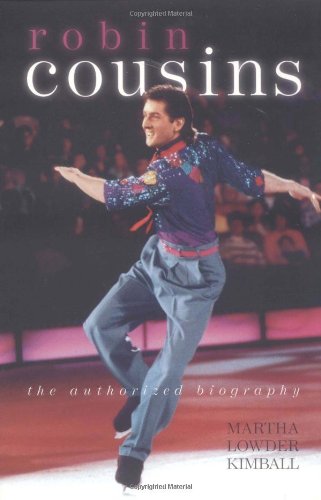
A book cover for Robin Cousins; Martha Lowder Kimball; Sports & Outdoors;